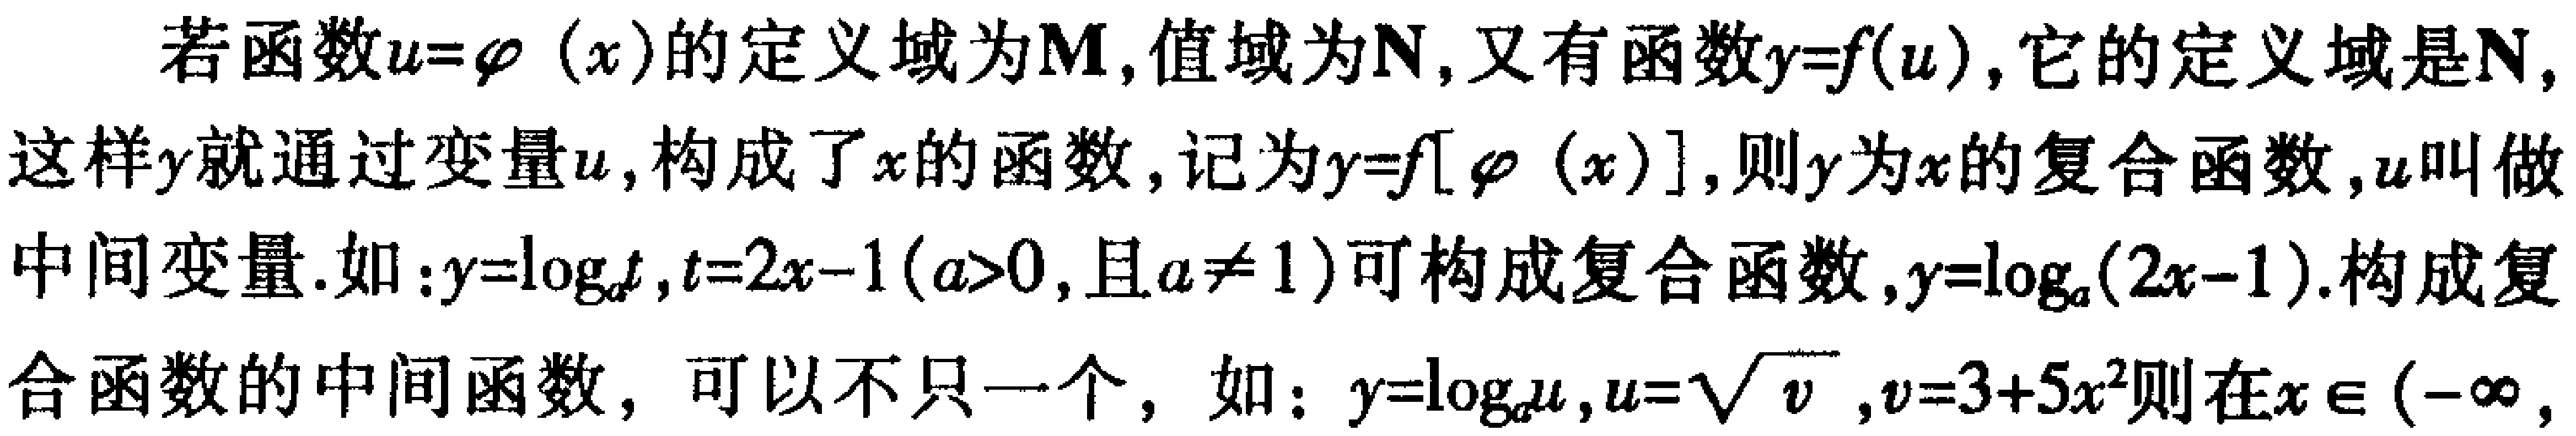
若函数\(u = \varphi(x)\)的定义域为\(M\)，值域为\(N\)，又有函数\(y = f(u)\)，它的定义域是\(N\)，这样\(y\)就通过变量\(u\)，构成了\(x\)的函数，记为\(y = f[\varphi(x)]\)，则\(y\)为\(x\)的复合函数，\(u\)叫做中间变量.如：\(y=\log_{a}t\)，\(t = 2x - 1(a>0\)，且\(a\neq1)\)可构成复合函数，\(y=\log_{a}(2x - 1)\).构成复合函数的中间函数，可以不只一个，如：\(y=\log_{a}u\)，\(u = \sqrt{v}\)，\(v = 3 + 5x^{2}\)则在\(x\in(-\infty,\)